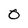
Character: 0